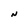
Character: N